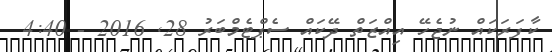
ކާފަރަކައް ނުޖެހޭ އިއްޒަތް ދޭކައް ސެޕްޓެމްބަރު 28